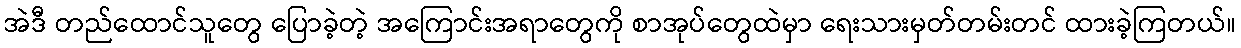
အဲဒီ တည်ထောင်သူတွေ ပြောခဲ့တဲ့ အကြောင်းအရာတွေကို စာအုပ်တွေထဲမှာ ရေးသားမှတ်တမ်းတင် ထားခဲ့ကြတယ်။